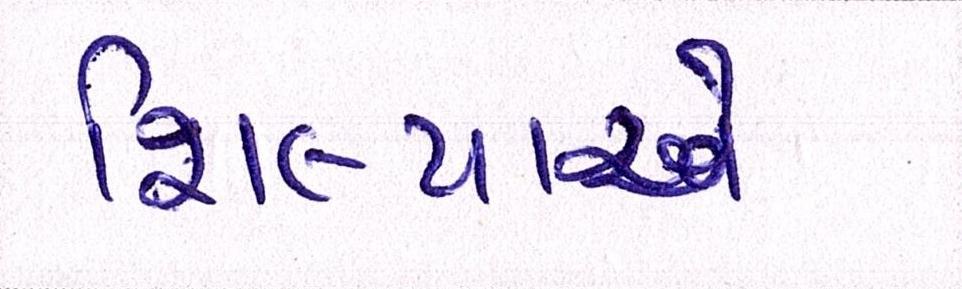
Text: શિલ્પાએ